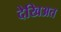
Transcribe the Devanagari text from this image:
देखिअत